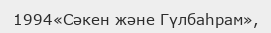
1994«Сәкен және Гүлбаһрам»,